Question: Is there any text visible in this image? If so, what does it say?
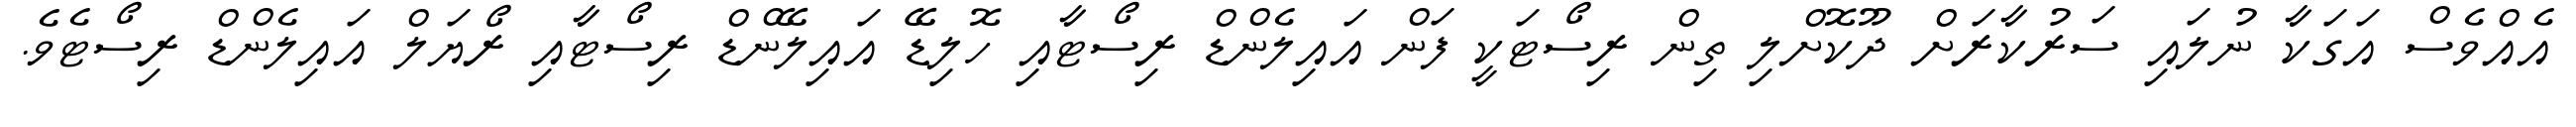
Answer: އެއްވެސް އަގަކާ ނުލައި ސަރުކާރަށް ދޫކޮށްލި ތިން ރިސޯޓަކީ ފަން އައިލެންޑް ރިސޯޓާއި ހޮލިޑޭ އައިލޭންޑް ރިސޯޓާއި ރޯޔަލް އައިލެންޑް ރިސޯޓެވެ.